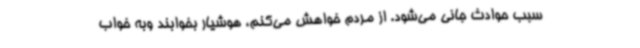
سبب حوادث جانی می‌شود. از مردم خواهش می‌کنم، هوشیار بخوابند وبه خواب